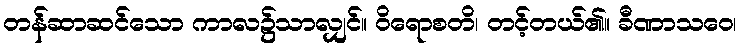
တန်ဆာဆင်သော ကာလ၌သာလျှင်။ ဝိရောစတိ၊ တင့်တယ်၏။ ခီဏာသဝေ၊